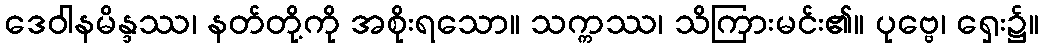
ဒေဝါနမိန္ဒဿ၊ နတ်တို့ကို အစိုးရသော။ သက္ကဿ၊ သိကြားမင်း၏။ ပုဗ္ဗေ၊ ရှေး၌။